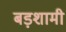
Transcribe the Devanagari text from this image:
बड़शामी